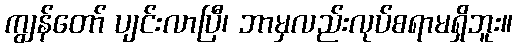
ကျွန်တော် ပျင်းလာပြီ၊ ဘာမှလည်းလုပ်စရာမရှိဘူး။